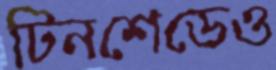
টিনশেডেও